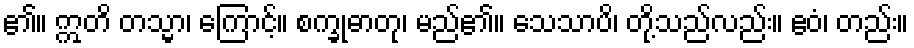
၏။ ဣတိ တသ္မာ၊ ကြောင့်။ စက္ခုဓာတု၊ မည်၏။ သေသာပိ၊ တို့သည်လည်း။ ဧဝံ၊ တည်း။